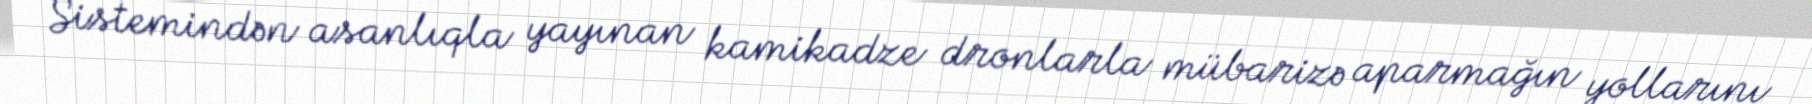
Sistemindən asanlıqla yayınan kamikadze dronlarla mübarizə aparmağın yollarını